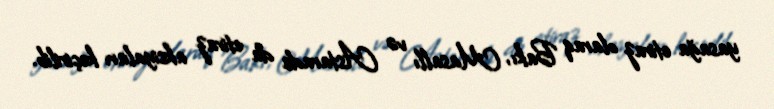
yasağa etiraz olaraq Bakı, Masallı və Astarada da etiraz aksiyaları keçirilib.